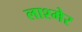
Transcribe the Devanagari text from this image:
लाश्मेर